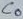
Text: C0